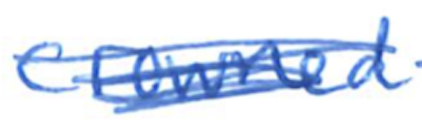
Text: crowned
Cross-out: scratch
Writing tool: ballpoint